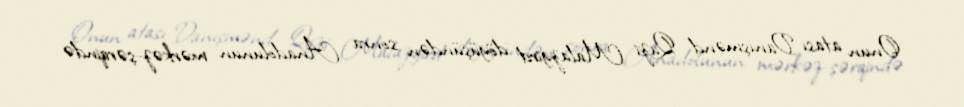
Onun atası Danışmənd Qazi Malazgird döyüşündən sonra Anadolunun mərkəz-şərqində